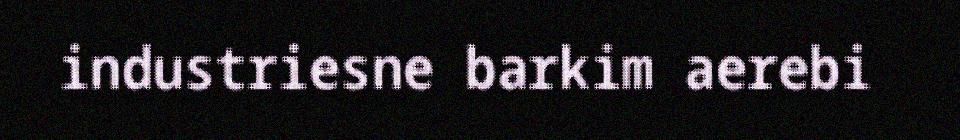
industriesne barkim aerebi